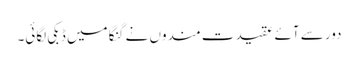
دور سے آئے عقیدت مندوں نے گنگا میں ڈبکی لگائی۔